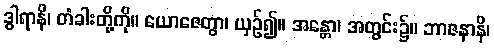
ဒွါရာနိ၊ တံခါးတို့ကို။ ယောဇေတွာ၊ ယှဉ်၍။ အန္တော၊ အတွင်း၌။ ဘာဇနာနိ၊